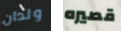
ولدان قصيره